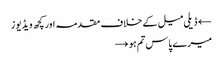
← ڈیلی میل کے خلاف مقدمہ اور کچھ ویڈیوز
میرے پاس تم ہو →